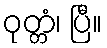
ဝုတ္တံ၊ ပြီ။